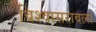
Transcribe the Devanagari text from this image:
विश्वासरावला